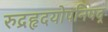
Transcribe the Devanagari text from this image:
रुद्रहृदयोपनिषद्